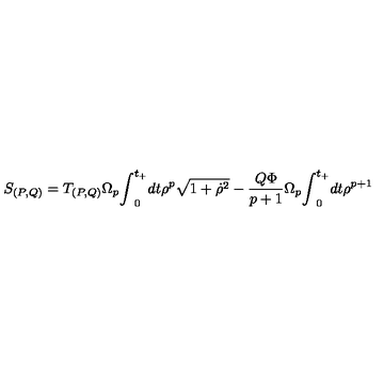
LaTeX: S _ { ( P , Q ) } = T _ { ( P , Q ) } { \Omega } _ { p } { \int } _ { 0 } ^ { t _ { + } } d t { \rho } ^ { p } \sqrt { 1 + { \dot { \rho } } ^ { 2 } } - \frac { Q { \Phi } } { p + 1 } { \Omega } _ { p } { \int } _ { 0 } ^ { t _ { + } } d t { \rho } ^ { p + 1 }